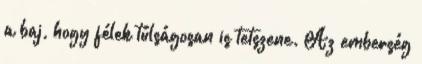
a baj, hogy félek túlságosan is tetszene. Az emberség